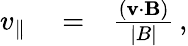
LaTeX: \begin{array}{rlr}{v_{\parallel}}&{{}=}&{\frac{(\mathbf{v}\cdot\mathbf{B})}{|B|}\, ,}\end{array}